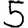
Digit: 5